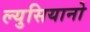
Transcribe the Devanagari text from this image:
ल्युसियानो